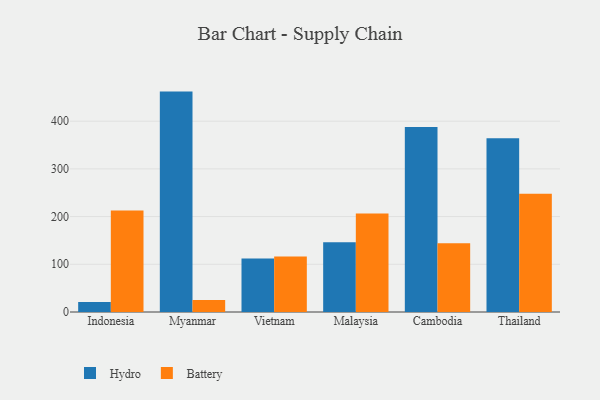
{"axis": {"x": "Country", "y": "Humidity (%)"}, "legend": ["Battery", "Hydro"], "data": [{"x": "Indonesia", "y": 21.2, "type": "Hydro"}, {"x": "Indonesia", "y": 213.0, "type": "Battery"}, {"x": "Myanmar", "y": 462.0, "type": "Hydro"}, {"x": "Myanmar", "y": 25.4, "type": "Battery"}, {"x": "Vietnam", "y": 112.2, "type": "Hydro"}, {"x": "Vietnam", "y": 116.1, "type": "Battery"}, {"x": "Malaysia", "y": 146.1, "type": "Hydro"}, {"x": "Malaysia", "y": 206.7, "type": "Battery"}, {"x": "Cambodia", "y": 388.0, "type": "Hydro"}, {"x": "Cambodia", "y": 144.2, "type": "Battery"}, {"x": "Thailand", "y": 364.4, "type": "Hydro"}, {"x": "Thailand", "y": 248.1, "type": "Battery"}]}